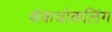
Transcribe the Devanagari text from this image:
थेकचोकलिंग